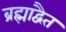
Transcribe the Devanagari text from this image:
ब्रह्माद्वैत